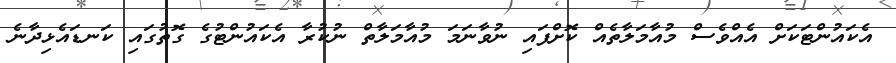
އެކައުންޓަކަށް އެއްވެސް މުއާމަލާތެއް ކޮށްފައި ނުވާނަމަ މުއާމަލާތް ނުކުރާ އެކައުންޓުގެ ގޮތުގައި ކަނޑައެޅިދާނެ